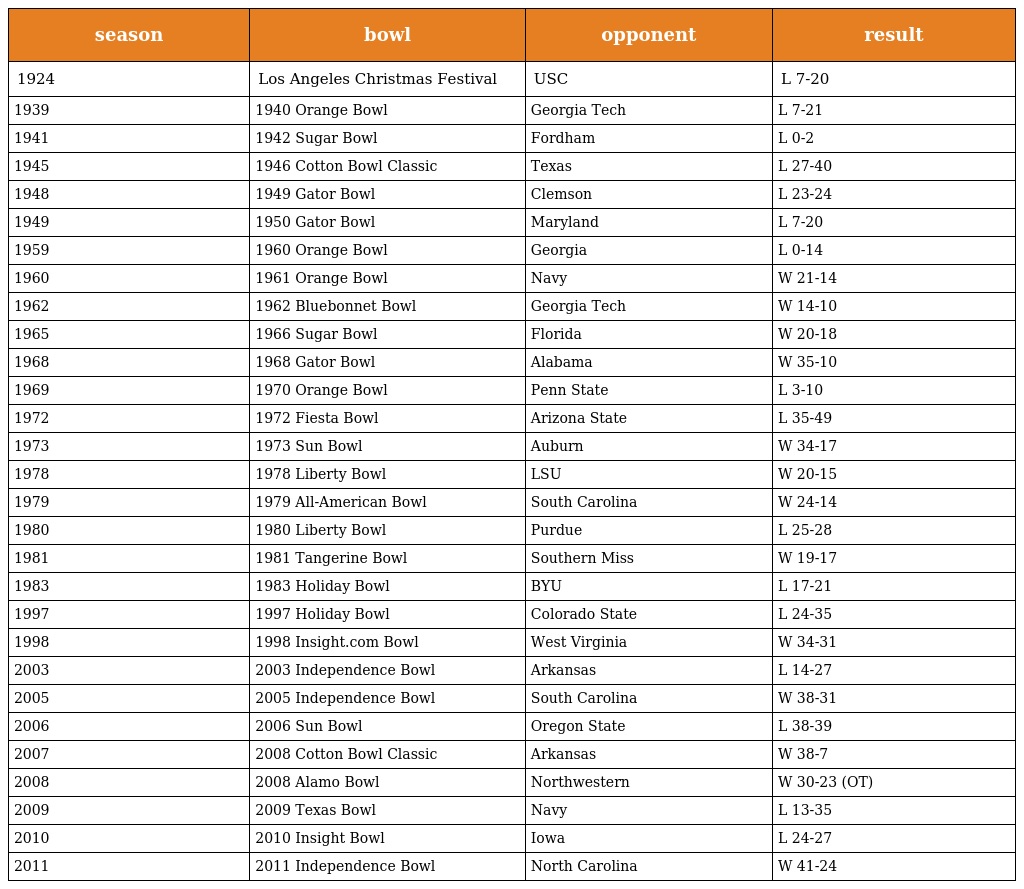
| season | bowl | opponent | result |
 | --- | --- | --- | --- |
 | 1924 | Los Angeles Christmas Festival | USC | L 7-20 |
 | 1939 | 1940 Orange Bowl | Georgia Tech | L 7-21 |
 | 1941 | 1942 Sugar Bowl | Fordham | L 0-2 |
 | 1945 | 1946 Cotton Bowl Classic | Texas | L 27-40 |
 | 1948 | 1949 Gator Bowl | Clemson | L 23-24 |
 | 1949 | 1950 Gator Bowl | Maryland | L 7-20 |
 | 1959 | 1960 Orange Bowl | Georgia | L 0-14 |
 | 1960 | 1961 Orange Bowl | Navy | W 21-14 |
 | 1962 | 1962 Bluebonnet Bowl | Georgia Tech | W 14-10 |
 | 1965 | 1966 Sugar Bowl | Florida | W 20-18 |
 | 1968 | 1968 Gator Bowl | Alabama | W 35-10 |
 | 1969 | 1970 Orange Bowl | Penn State | L 3-10 |
 | 1972 | 1972 Fiesta Bowl | Arizona State | L 35-49 |
 | 1973 | 1973 Sun Bowl | Auburn | W 34-17 |
 | 1978 | 1978 Liberty Bowl | LSU | W 20-15 |
 | 1979 | 1979 All-American Bowl | South Carolina | W 24-14 |
 | 1980 | 1980 Liberty Bowl | Purdue | L 25-28 |
 | 1981 | 1981 Tangerine Bowl | Southern Miss | W 19-17 |
 | 1983 | 1983 Holiday Bowl | BYU | L 17-21 |
 | 1997 | 1997 Holiday Bowl | Colorado State | L 24-35 |
 | 1998 | 1998 Insight.com Bowl | West Virginia | W 34-31 |
 | 2003 | 2003 Independence Bowl | Arkansas | L 14-27 |
 | 2005 | 2005 Independence Bowl | South Carolina | W 38-31 |
 | 2006 | 2006 Sun Bowl | Oregon State | L 38-39 |
 | 2007 | 2008 Cotton Bowl Classic | Arkansas | W 38-7 |
 | 2008 | 2008 Alamo Bowl | Northwestern | W 30-23 (OT) |
 | 2009 | 2009 Texas Bowl | Navy | L 13-35 |
 | 2010 | 2010 Insight Bowl | Iowa | L 24-27 |
 | 2011 | 2011 Independence Bowl | North Carolina | W 41-24 |